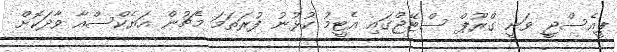
ޕީއެސްޖީ ވަނީ ގްރޫޕް ސްޓޭޖްގައި އެޓީމު ކުޅުނު ފުރަތަމަ މެޗުން އަޔެކްސްއާ ވާދަކޮށް